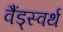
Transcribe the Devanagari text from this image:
वैंड्स्वर्थ